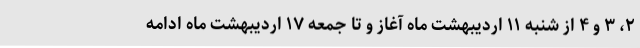
۲، ۳ و ۴ از شنبه ۱۱ اردیبهشت ماه آغاز و تا جمعه ۱۷ اردیبهشت ماه ادامه